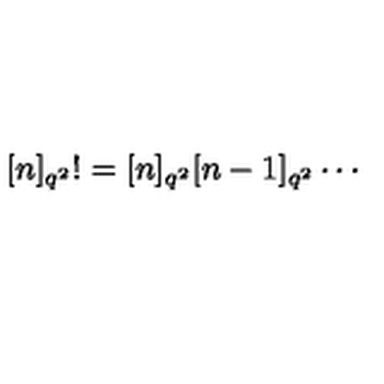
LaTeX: \lbrack n ] _ { q ^ { 2 } } ! = [ n ] _ { q ^ { 2 } } [ n - 1 ] _ { q ^ { 2 } } \cdots